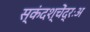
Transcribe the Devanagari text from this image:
स्कंदश्चेंद्रःअ